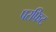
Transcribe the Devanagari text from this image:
परफिट